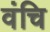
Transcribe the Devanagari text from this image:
वंचि